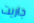
جاريت